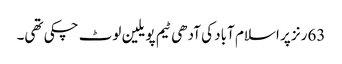
63رنز پر اسلام آباد کی آدھی ٹیم پویلین لوٹ چکی تھی۔